Suure-Kopu_vallavalitsus, lk 8
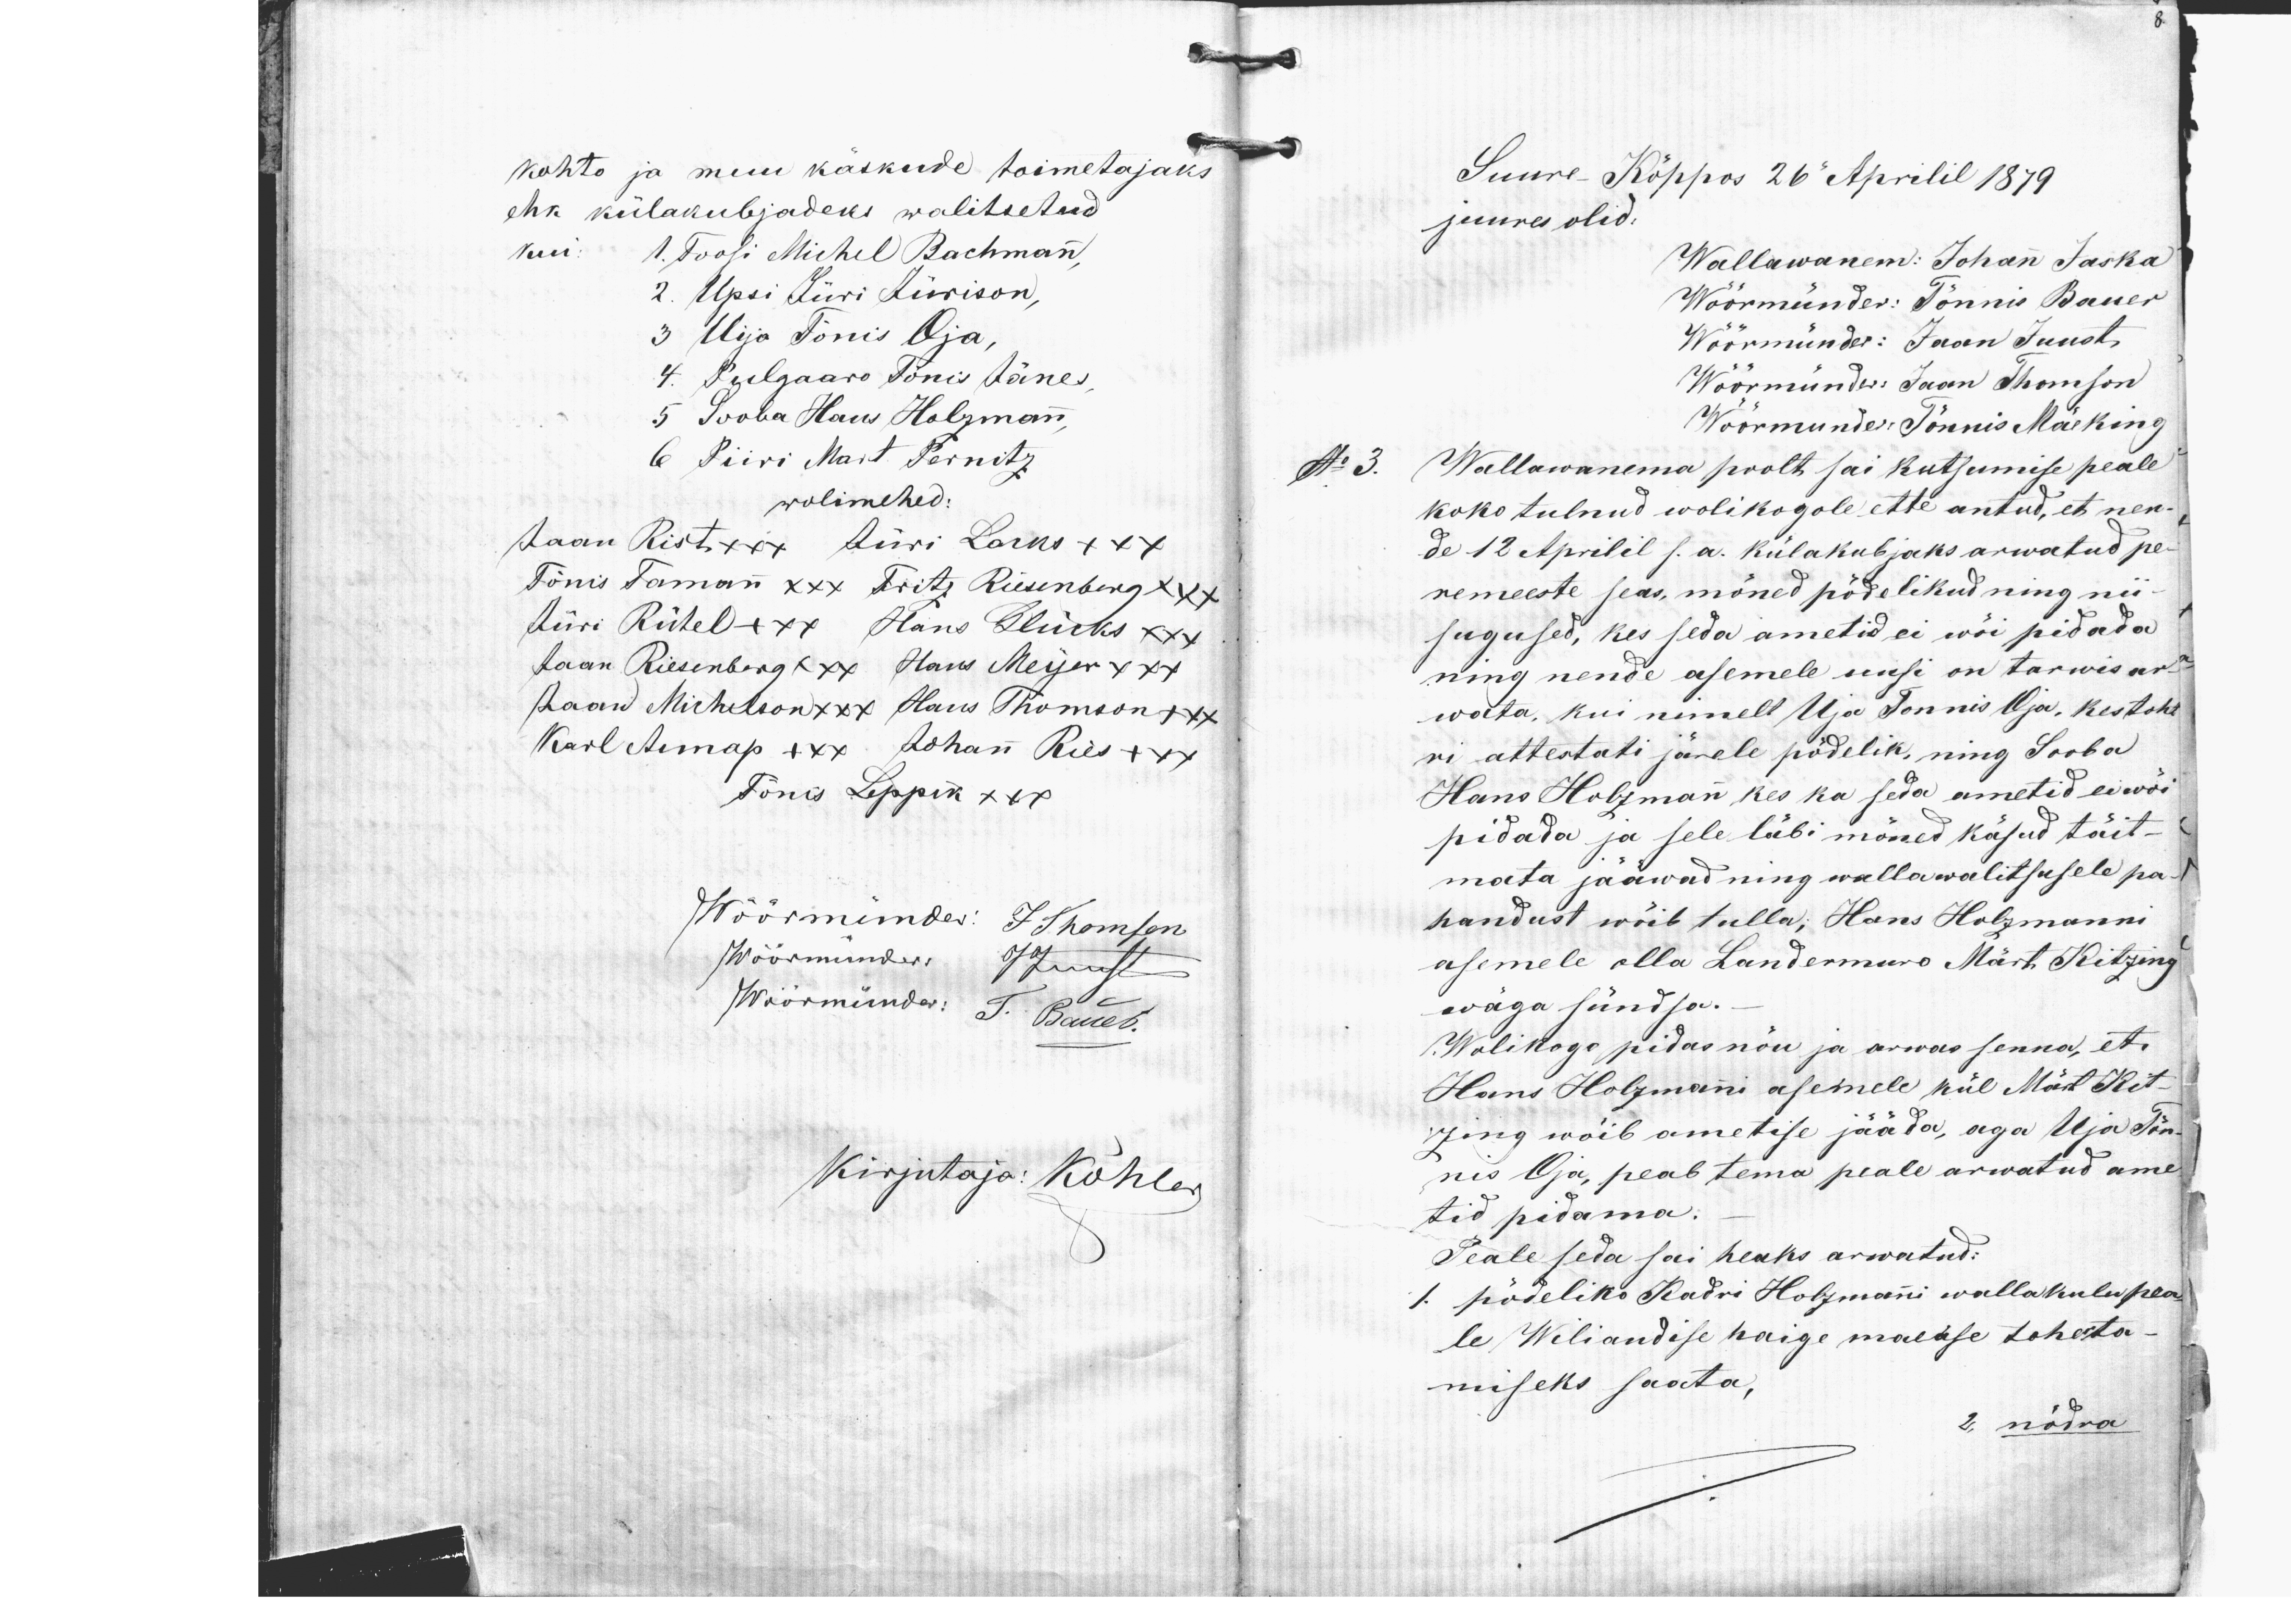
kohto ja muu käskude toimetajaks
ehk külakubjadeks walitsetud
kui.
1. Toosi Michel Bachmann
2. Upsi Jüri Jürison,
3 Uijo Tõnis Oja,
4. Pulgaaro Tõnis Jänes,
5 Sooba Hans Holzmann,
6 Piiri Mart Pernitz
wolimehed:
Jaan Rist xxx Jüri Lacks xxx
Tõnis Tamann xxx Fritz Riesenberg xxx
Jüri Rütel +xx Hans Glücks xxx
Jaan Riesenberg xxx Hans Meijer xxx
Jaan Michelson xxx Hans Thomson +xx
Karl Aunap +xx Johan Ries +xx
Tõnis Leppik xxx
Wöörmünder: J Thomson
Wöörmander JKurst
Wöörmünda: T.Bauer
Kirjutaja: Köhler

Suure-Kõppos 26 Aprilil 1879.
juures olid.
Wallawanem: Johan Jaska
Wöörmünder: Tõnnis Bauer
Wöörmünder: Jaan Juust
Wöörmünder: Jaan Thomson
Wöörmunder: Tõnnis Mäeking
No 3. Wallawanema poolt sai kutsumise peale
koko tulnud wolikogole ette antud, et nen-
de 12 Aprilil s.a. külakubjaks arwatud pe-
remeeste seas, mõned põdelikud ning nii-
sugused, kes seda ametid ei wõi pidada
ning nende asemele uusi on tarwis ar-
wata, kui nimelt Uja Tonnis Oja, kes toht
ri attestati järele põdelik, ning Sooba
Hans Holzman kes ka seda ametid ei wõi
pidada ja sele läbi mõned käsud täit-
mata jääwad ning wallawalitsusele pa-
handust wõib tulla; Hans Holzmanni
asemele olla Landermuro Märt Kitzing
wäga sündja.
Wolikogo pidas nõu ja arwas senna, et
Hans Holzmani asemele kül Märt Kit-
zing wõib ametise jääda, aga Uja Tõn-
nis Oja, peab tema peale arwatud ame
tid pidama.
Peale seda sai heaks arwatud:
1. põdeliko Kadri Holzmani walla kulu pea-
le Wiliandisse haige maease toherta-
miseks saata,
2, nõdra